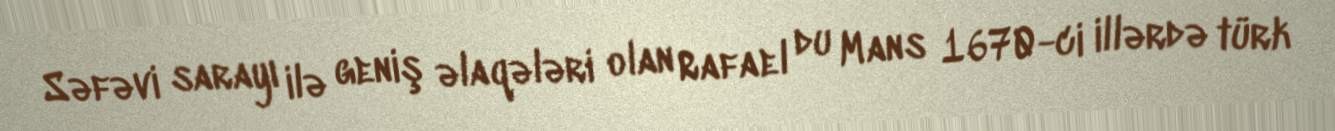
Səfəvi sarayı ilə geniş əlaqələri olan Rafael du Mans 1670-ci illərdə türk